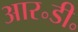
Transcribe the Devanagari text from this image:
आर॰डी॰